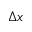
\Delta x